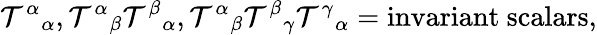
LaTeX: \mathcal{T}^{\alpha}{}_{\alpha},\mathcal{T}^{\alpha}{}_{\beta}\mathcal{T}^{\beta}{}_{\alpha},\mathcal{T}^{\alpha}{}_{\beta}\mathcal{T}^{\beta}{}_{\gamma}\mathcal{T}^{\gamma}{}_{\alpha}={\mathrm{{invariant~scalars}}},